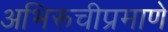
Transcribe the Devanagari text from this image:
अभिरूचीप्रमाणे